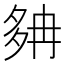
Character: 𡖝